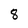
Character: 8